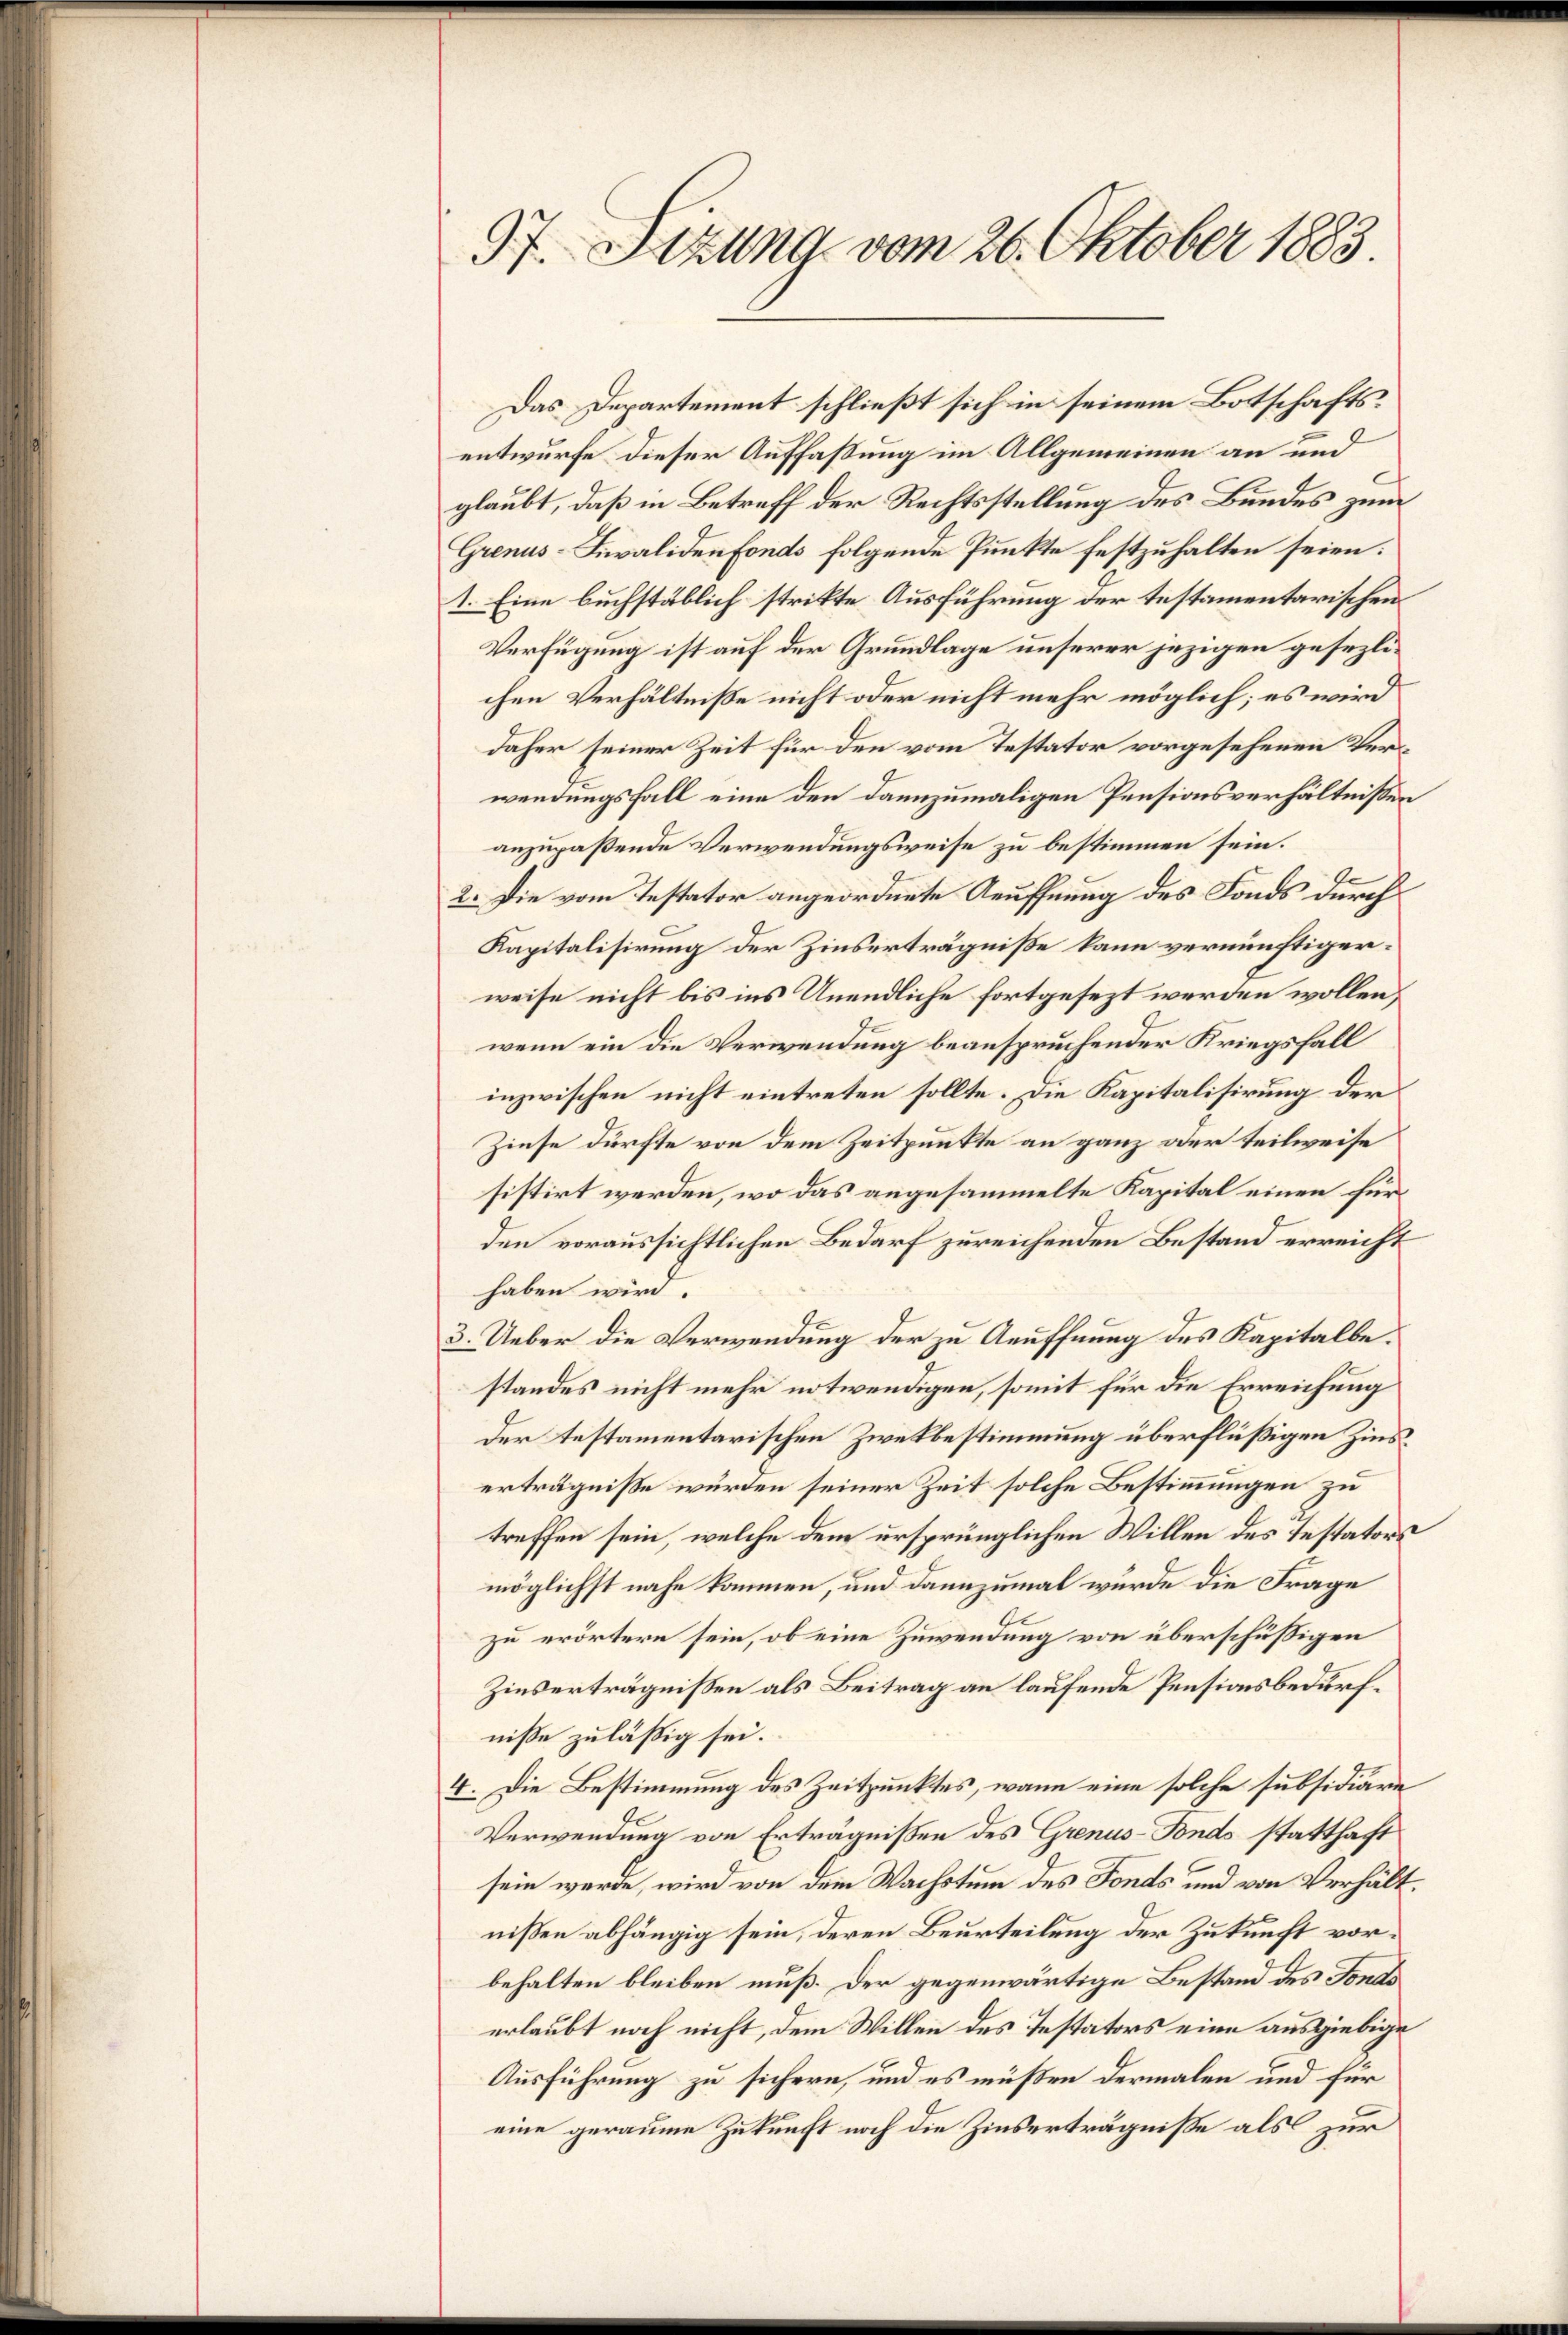
37. Sizung vom 26. Oktober 1883

Das Departement schließt sich in seinem Botschaftsentwurfe dieser Auffaßung im Allgemeinen an und
glaubt, daß in Betreff der Rechtsstellung des Bundes zum
Grenus-Liwaliden Fonds folgende Punkte festzuhalten seien.
1. Eine buchstäblich strikte Ausführung der testamentarischen
Verfügung ist auf der Grundlage unserer jezigen gesezlichen Verhältniße nicht oder nicht mehr möglich; es wird
daher seiner Zeit für den vom Testator vorgesehenen Verwendungsfall eine den dannzumaligen Pensionsverhältnissen
anzupaßende Verwendungsweise zu bestimmen sein.
2. Die vom Testator angeordnete Aeuffnung des Fonds durch
Kapitalisirung der Zinserträgniße kann vernünftigerweise nicht bis ins Unendliche fortgesezt werden wollen,
wenn ein die Verwendung beanspruchender Kriegsfall
inzwischen nicht eintreten sollte. Die Kapitalisirung der
Zinse dürfte von dem Zeitpunkte an ganz oder teilweise
sistirt werden, wo das angesammelte Kapital einen fürden voraussichtlichen Bedarf zureichenden Bestand erreicht
haben wird.
3. Ueber die Verwendung der zu Aeuffnung des Kapitalbestandes nicht mehr notwendigen, somit für die Erreichung
Der testamentarischen Zwekbestimmung überflüßigen Zinserträgniße würden seiner Zeit solche Bestimmungen zu
treffen sein, welche dem ursprünglichen Willen des Testators
möglichst nahe kommen, und dannzumal wurde die Frage
zu erörtern sein, ob eine Zuwendung von überschüßigen
Zinserträgnissen als Beitrag an laufende Pensionsbedürfniße zuläßig sei.
4. Die Bestimmung des Zeitpunktes, wann eine solche subsidiäre
Verwendung von Erträgnissen des Grenus-Fonds statthaft
sein werde, wird von dem Wachstum des Fonds und von Verhältnißen abhängig sein, deren Beurteilung der Zukunft vorbehalten bleiben muß. Der gegenwärtige Bestand des Fondo
erlaubt noch nicht, dem Willen des Testators eine ausgiebige
Ausführung zu sichern, und es müßen dermalen und für
eine geraume Zukunft noch die Zinserträgniße als zur